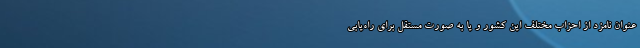
عنوان نامزد از احزاب مختلف این کشور و یا به صورت مستقل برای راه‌یابی